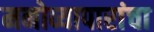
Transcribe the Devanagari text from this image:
मनोव्यापारांचा